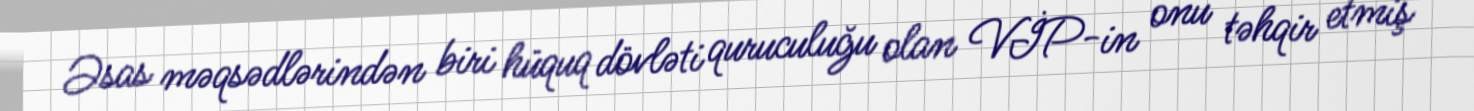
Əsas məqsədlərindən biri hüquq dövləti quruculuğu olan VİP-in onu təhqir etmiş